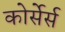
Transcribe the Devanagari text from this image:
कोर्सेर्स